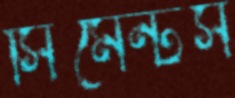
সিমেন্টস